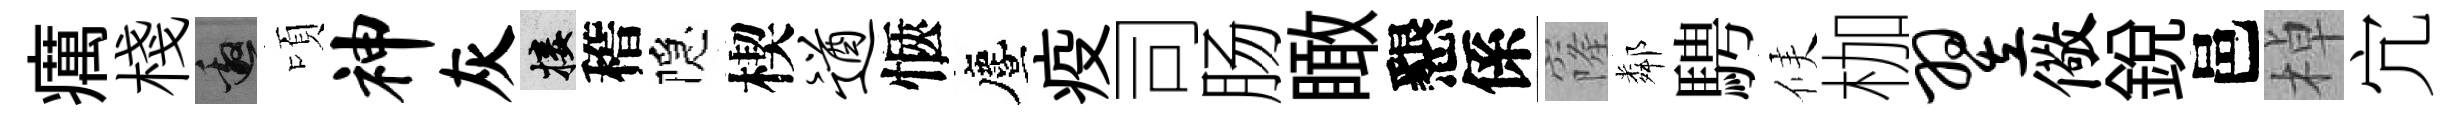
癘棧邀頃神灰接稽隠楔遒愜󵨌疫司肠瞰懇係窿鄰騁候枷翌儆銳邑棹宂